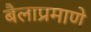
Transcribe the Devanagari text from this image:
बैलाप्रमाणे